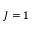
J = 1